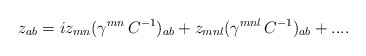
\begin{align*}z_{ab}=iz_{mn}(\gamma^{mn}\,C^{-1})_{ab}+z_{mnl}(\gamma^{mnl}\,C^{-1})_{ab}+....\end{align*}